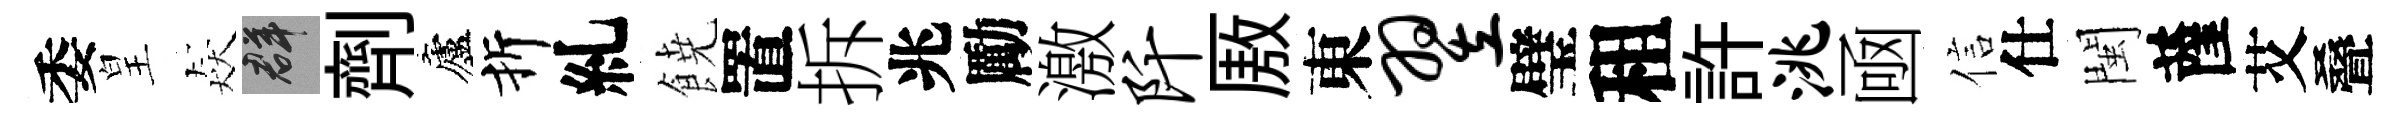
委皇猋群劑廬折糺𩜙置拆兆勵激阡厫東翌璧租許洮凾信仕閩薩艾叠